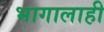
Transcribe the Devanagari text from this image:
भागालाही